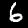
Label: 6